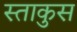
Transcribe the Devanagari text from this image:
स्ताकुस